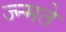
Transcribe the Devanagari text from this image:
ज्न्मते